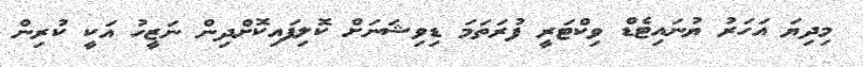
މިދިޔަ އަހަރު ޔުނައިޓެޑް ވިކްޓަރީ ފުރަތަމަ ޑިވިޝަނަށް ކޮލިފައިކޮށްދިން ނަޒީހު އަކީ ކުރިން